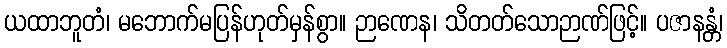
ယထာဘူတံ၊ မဘောက်မပြန်ဟုတ်မှန်စွာ။ ဉာဏေန၊ သိတတ်သောဉာဏ်ဖြင့်။ ပဇာနန္တံ၊